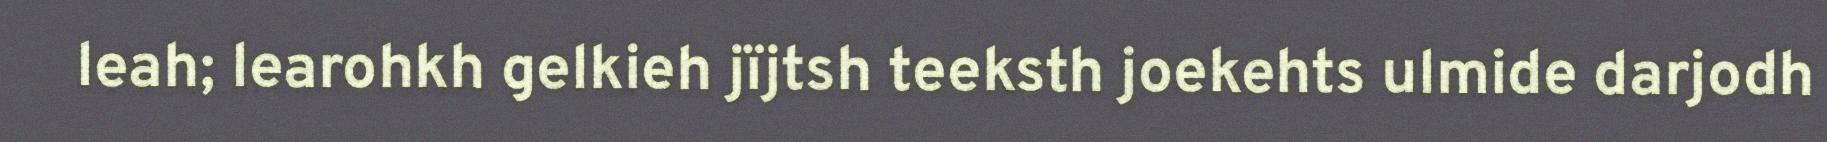
leah; learohkh gelkieh jïjtsh teeksth joekehts ulmide darjodh